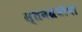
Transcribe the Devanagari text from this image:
स्तनग्रंथींची